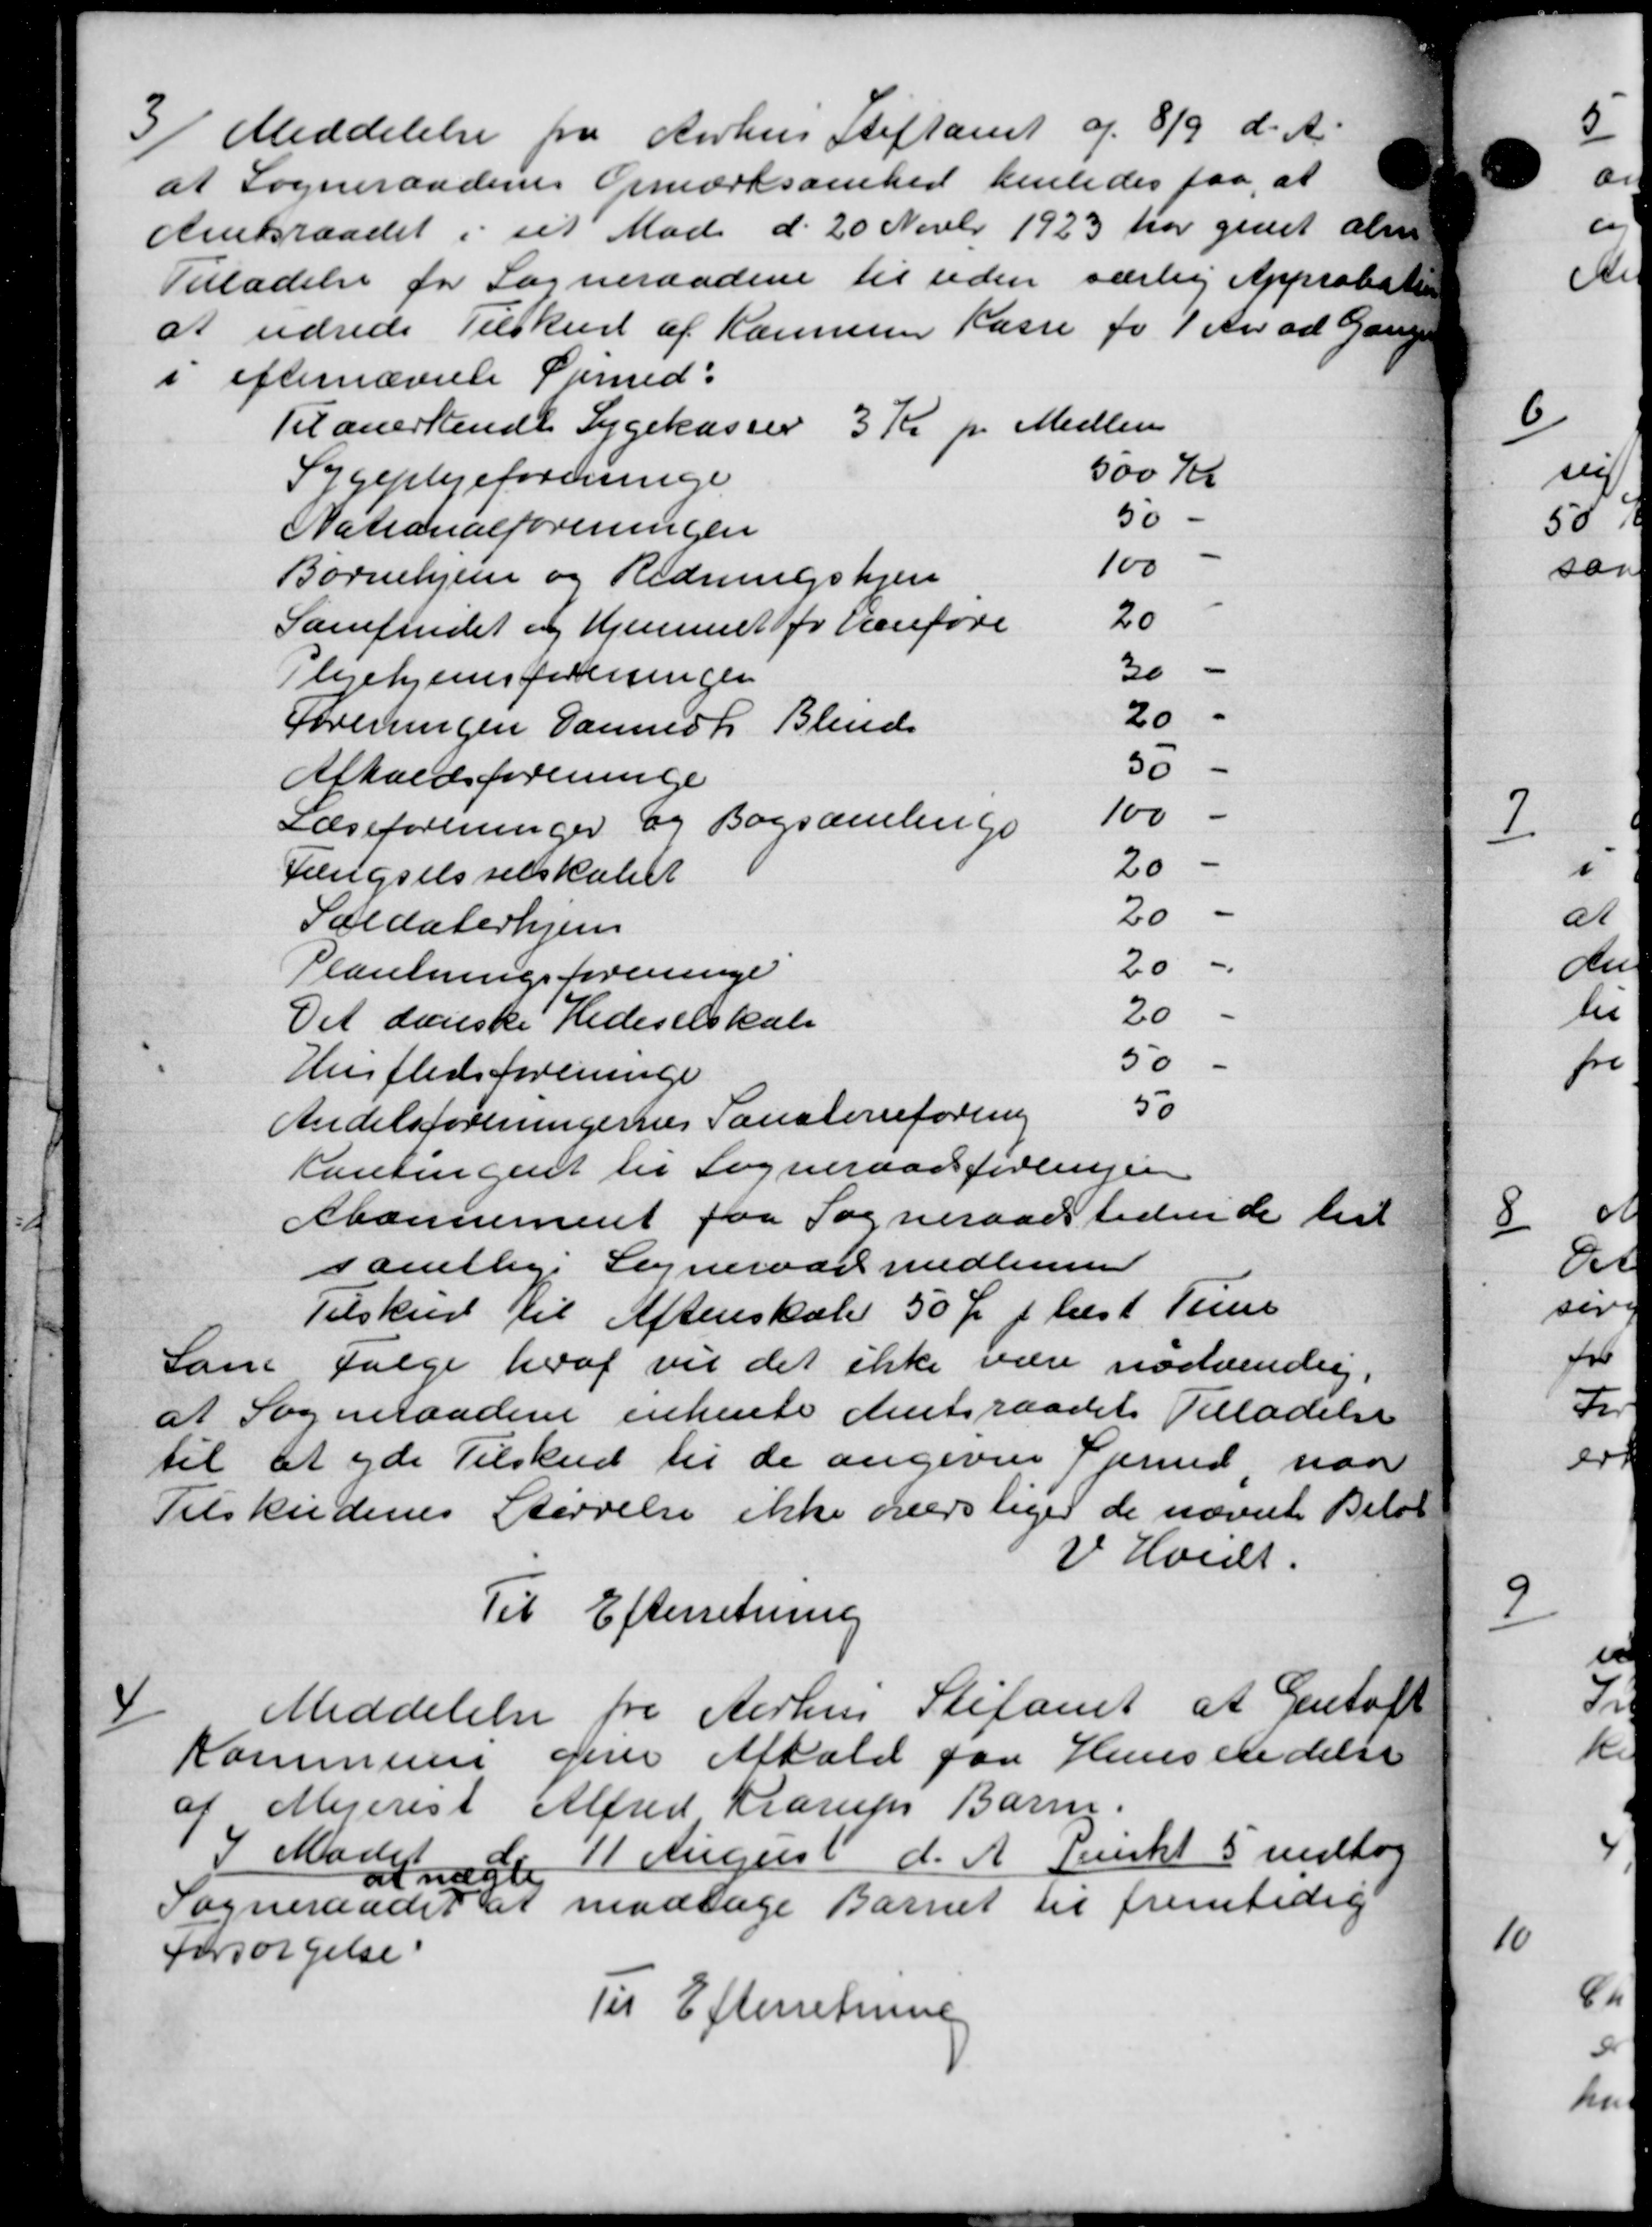
Transskription:
3
Meddelelse fra Aarhus Stiftamt af 8/9 d. A.
at Sogneraadenes Opmærksomhed henledes paa, at
Amtsraadet i sit Møde d. 20 Novbr 1923 har givet alm
Tilladelse for Sogneraadene til uden særlig Approbati
at udrede Tilskud af Kommune Kasse fra 1 Aar ad Gang
i efternævnte Spmed:
Til anerkende Sygekassen 3 Kr pr Medlem
Sygeplejeforeninge
500 Kr
Nationalforeningen
50
Børnehjem og Redningshjem
100
Samfundet og Hjemmet for henføre
20
Plejehjemsforeningen
30
Foreningen Dannes Blind
20
Afholdsforeninge
30
Læseforeninger og Bogsamlinge
100
Fængselsselskabet
20
Soldaterhjem
20
Plantningsforeninge
20
Det danske Hedeselskab
20
Husflidsforeninge
50
Andelsforeningernes Pansterieforening
50
Antingent til Sogneraadsforeninger
Abonnement faa Sogneraadstidende til
samtlige Sogneraadsmedlemmer
Tilskud til Aftenskole 50 Ør pr læst Tim
Som Følge heraf vil det ikke være nødvendig
at Sogneraadene enkente Amtsraadets Tilladelse
til at yde Tilskud til de angivne fjerned naar
Tilskudenes Størrelse ikke overslager de nævnte Belø
V. Hvidt.
Til Efterretning

Meddelelse fra Aarhus Stiftamt at Gentoft
Kommune
give Afhold paa Hensendelse
af Mejerist
Alfred Karups Barne.
I Mødet 11 August d. A. Punkt 5 vedtog
Sogneraadet at modtage Barnet til fremtidig
at nægte
Sogneraadet at modtage Barnet til fremtidig
Forsørgelse
Til Efterretning